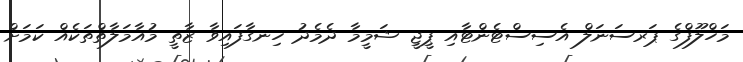
މަހްލޫފްގެ ޕަރސަނަލް އެސިސްޓެންޓާއި ޕީޖީ ޝަމީމާ ދެމެދު ހިނގާފައިވާ ޒާތީ މުއާމަލާތްތަކެއް ކަމަށް